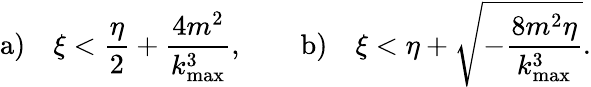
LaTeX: \mathrm{a)}\quad\xi<\displaystyle{\frac{\eta}{2}+\frac{4m^{2}}{k_{\mathrm{max}}^{3}}},\qquad\mathrm{b)}\quad\xi<\displaystyle{\eta+\sqrt{-\frac{8m^{2}\eta}{k_{\mathrm{max}}^{3}}}}.